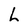
Character: h